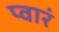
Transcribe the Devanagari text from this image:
प्वारं